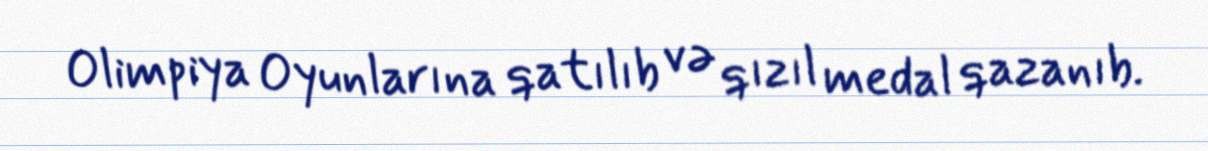
Olimpiya Oyunlarına qatılıb və qızıl medal qazanıb.